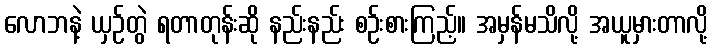
လောဘနဲ့ ယှဉ်တွဲ ရတာတုန်းဆို နည်းနည်း စဉ်းစားကြည့်။ အမှန်မသိလို့ အယူမှားတာလို့